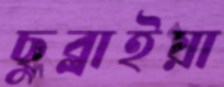
ছুব্‌লাইয়া